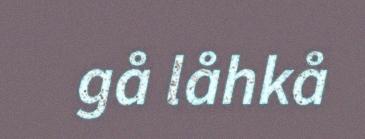
gå låhkå